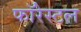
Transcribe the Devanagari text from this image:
फॉरेस्टल